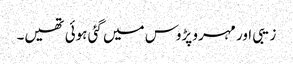
زیبی اور مہرو پڑوس میں گئی ہوئی تھیں۔